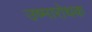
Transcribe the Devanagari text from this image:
उष्मारोधक